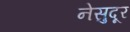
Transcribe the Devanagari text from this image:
नेसुदूर